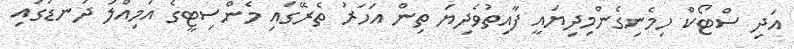
އަދި ސްޓޯކް ހިމެނިގެންމިދިޔައީ ފާއިތުވެދިޔަ ތިން އަހަރު ތެރޭގައި މެންސިޓީގެ އަމިއްލަ ދަނޑުގައި